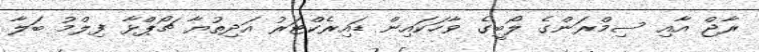
ރާޖް އާއި ސިމްރަންގެ ލޯބީގެ ވާހަކައިން ޑައިރެކްޓަރު އަދިތުޔާ ޗޯޕްޅާ ފިލްމު ބަލާ